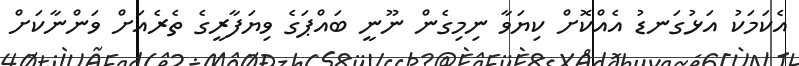
އެކަމަކު އަޅުގަނޑު އެއްކޮށް ކިޔަވާ ނިމިގެން ނޫނީ ބައްޕަގެ ވިޔަފާރީގެ ތެރެއަށް ވަންނާކަށް